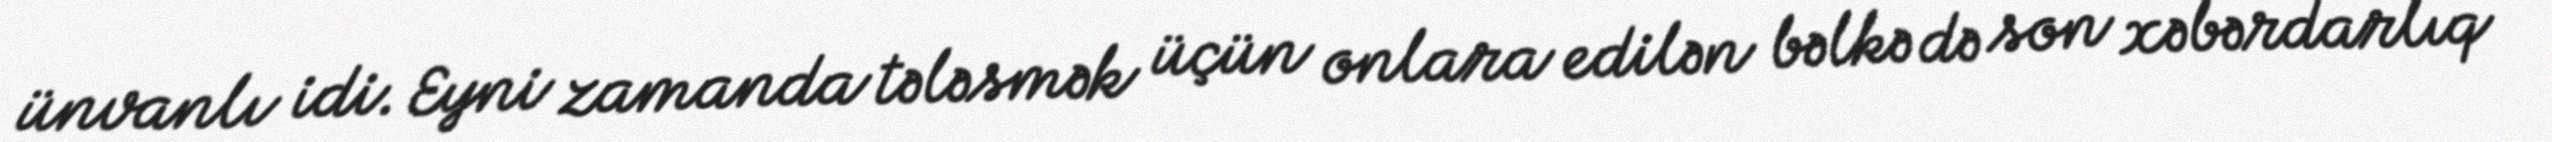
ünvanlı idi. Eyni zamanda tələsmək üçün onlara edilən bəlkə də son xəbərdarlıq